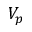
V _ { p }